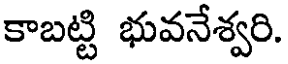
కాబట్టి భువనేశ్వరి.